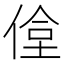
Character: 𬾶